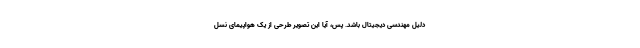
دلیل مهندسی دیجیتال باشد. پس، آیا این تصویر طرحی از یک هواپیمای نسل